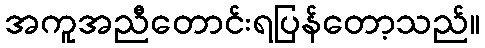
အကူအညီတောင်းရပြန်တော့သည်။